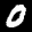
Label: 0